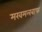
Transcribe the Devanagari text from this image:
मखमलबाफ